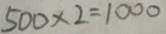
5 0 0 \times 2 = 1 0 0 0